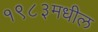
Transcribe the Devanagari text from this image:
१९८३मधील